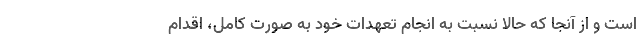
است و از آنجا که حالا نسبت به انجام تعهدات خود به صورت کامل، اقدام